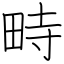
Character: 畤